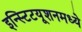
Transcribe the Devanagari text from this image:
इन्स्टिटयूशनमध्ये